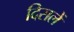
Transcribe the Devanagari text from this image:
दिसलें